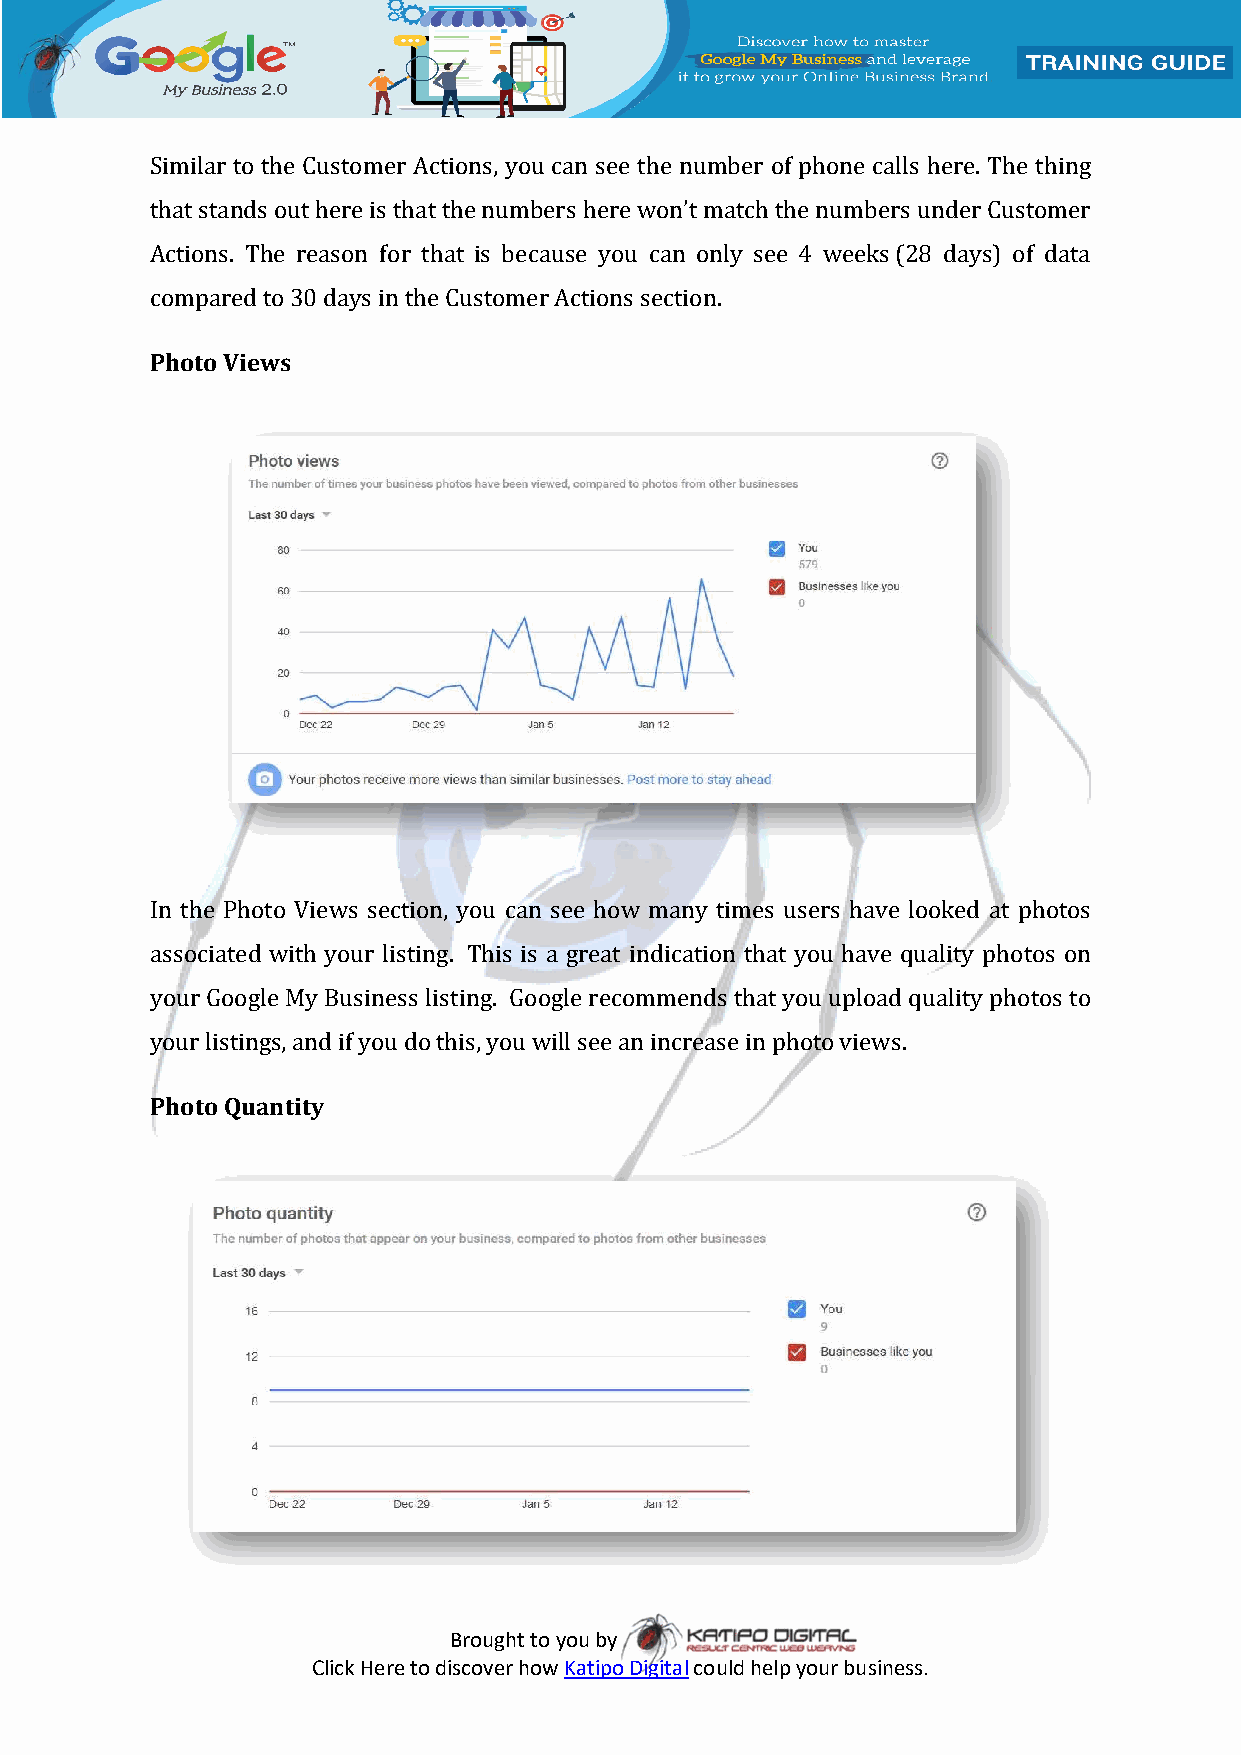
Similar to the Customer Actions, you can see the number of phone calls here. The thing
 that stands out here is that the numbers here won’t match the numbers under Customer
 Actions. The reason for that is because you can only see 4 weeks (28 days) of data
 compared to 30 days in the Customer Actions section.
 Photo Views
 In the Photo Views section, you can see how many times users have looked at photos
 associated with your listing. This is a great indication that you have quality photos on
 your Google My Business listing. Google recommends that you upload quality photos to
 your listings, and if you do this, you will see an increase in photo views.
 Photo Quantity
 Brought to you by
 Click Here to discover how Katipo Digital could help your business.